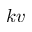
k v